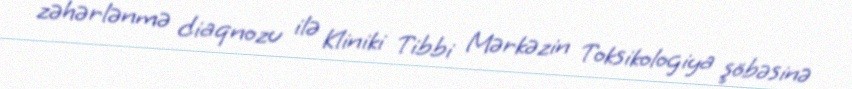
zəhərlənmə diaqnozu ilə Kliniki Tibbi Mərkəzin Toksikologiya şöbəsinə